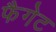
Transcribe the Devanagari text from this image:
फैगेट